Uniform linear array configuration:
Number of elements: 16
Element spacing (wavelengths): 1
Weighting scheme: binomial
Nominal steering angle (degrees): -60
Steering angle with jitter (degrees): -60.649
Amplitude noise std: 0.05
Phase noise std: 0.05

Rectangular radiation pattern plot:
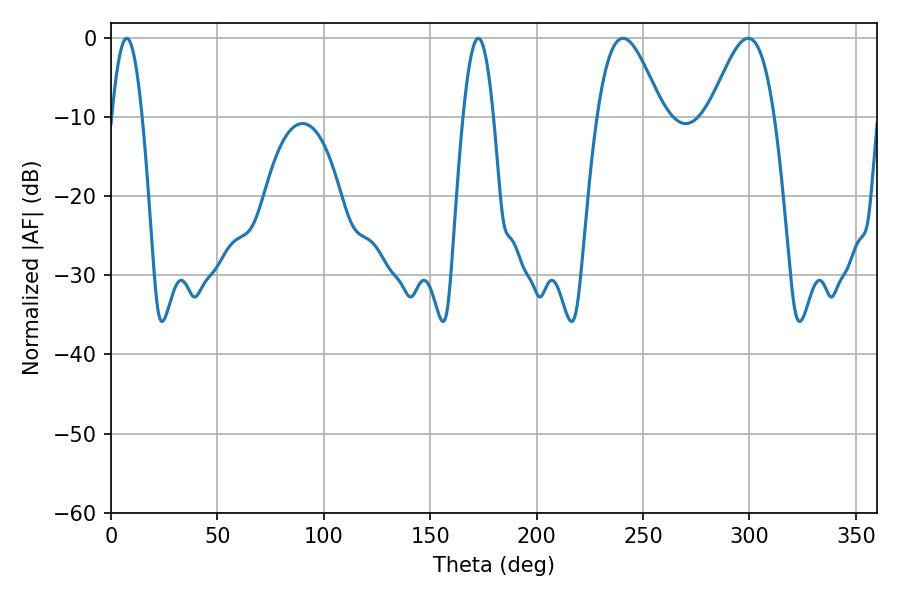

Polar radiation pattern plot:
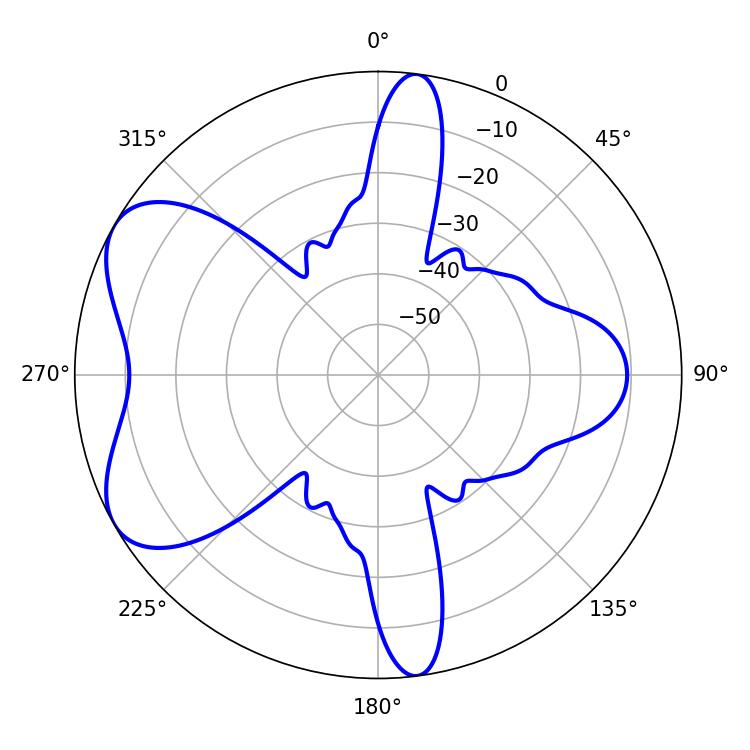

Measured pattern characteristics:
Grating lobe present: TRUE
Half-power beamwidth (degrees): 7.74
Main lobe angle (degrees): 7.38